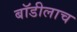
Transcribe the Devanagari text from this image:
बॉडीलाच